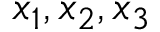
x _ { 1 } , x _ { 2 } , x _ { 3 }